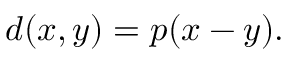
d ( x , y ) = p ( x - y ) .